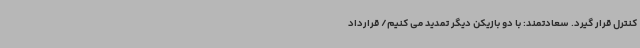
کنترل قرار گیرد. سعادتمند: با دو بازیکن دیگر تمدید می کنیم/ قرارداد